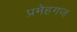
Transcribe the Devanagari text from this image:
प्रमेहगज